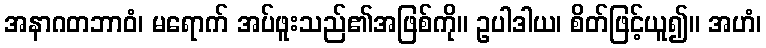
အနာဂတဘာဝံ၊ မရောက် အပ်ဖူးသည်၏အဖြစ်ကို။ ဥပါဒါယ၊ စိတ်ဖြင့်ယူ၍။ အဟံ၊